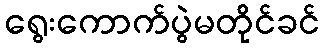
ရွေးကောက်ပွဲမတိုင်ခင်